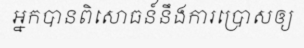
អ្នកបានពិសោធន៍នឹងការប្រោសឲ្យ